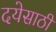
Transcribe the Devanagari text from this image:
दयेसाठी